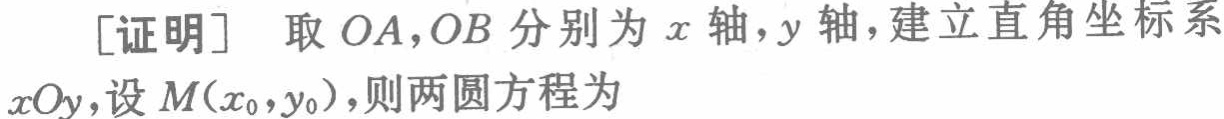
[证明] 取 \(OA,OB\) 分别为 \(x\) 轴，\(y\) 轴，建立直角坐标系 \(xOy\)，设 \(M(x_{0},y_{0})\)，则两圆方程为